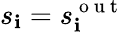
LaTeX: s_{\mathbf{i}}=s_{\mathbf{i}}^{\mathrm{{~o~u~t~}}}